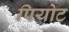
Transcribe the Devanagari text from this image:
पियोट